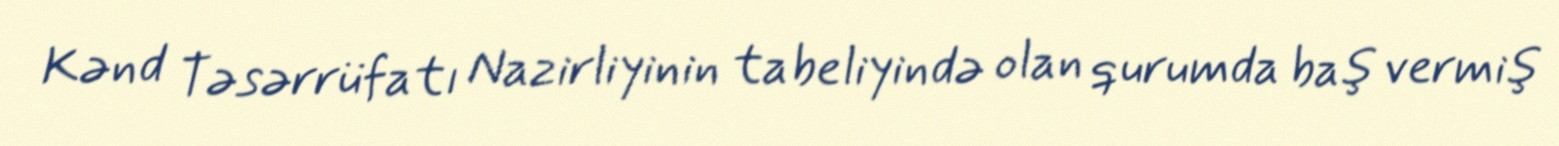
Kənd Təsərrüfatı Nazirliyinin tabeliyində olan qurumda baş vermiş